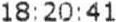
18:20:41